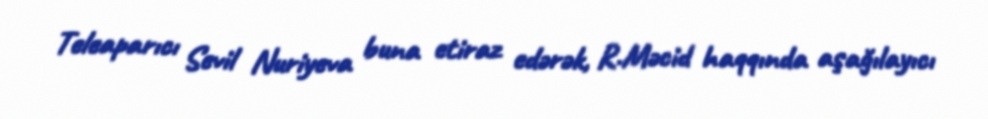
Teleaparıcı Sevil Nuriyeva buna etiraz edərək, R.Məcid haqqında aşağılayıcı